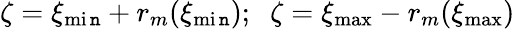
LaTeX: \zeta=\xi_{\operatorname*{mi\mathtt{n}}}+r_{m}(\xi_{\operatorname*{mi\mathtt{n}}});\; \; \zeta=\xi_{\operatorname*{max}}-r_{m}(\xi_{\operatorname*{max}})